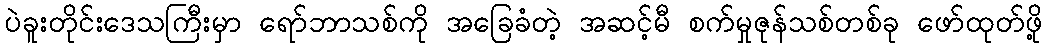
ပဲခူးတိုင်းဒေသကြီးမှာ ရော်ဘာသစ်ကို အခြေခံတဲ့ အဆင့်မီ စက်မှုဇုန်သစ်တစ်ခု ဖော်ထုတ်ဖို့